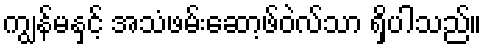
ကျွန်မနှင့် အသံဖမ်းဆော့ဖ်ဝဲလ်သာ ရှိပါသည်။